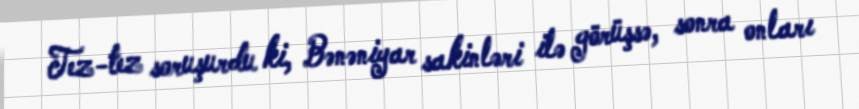
Tez-tez soruşurdu ki, Bənəniyar sakinləri ilə görüşsə, sonra onları